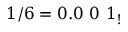
1 / 6 = 0 . 0 \ 0 \ 1 _ { ! }